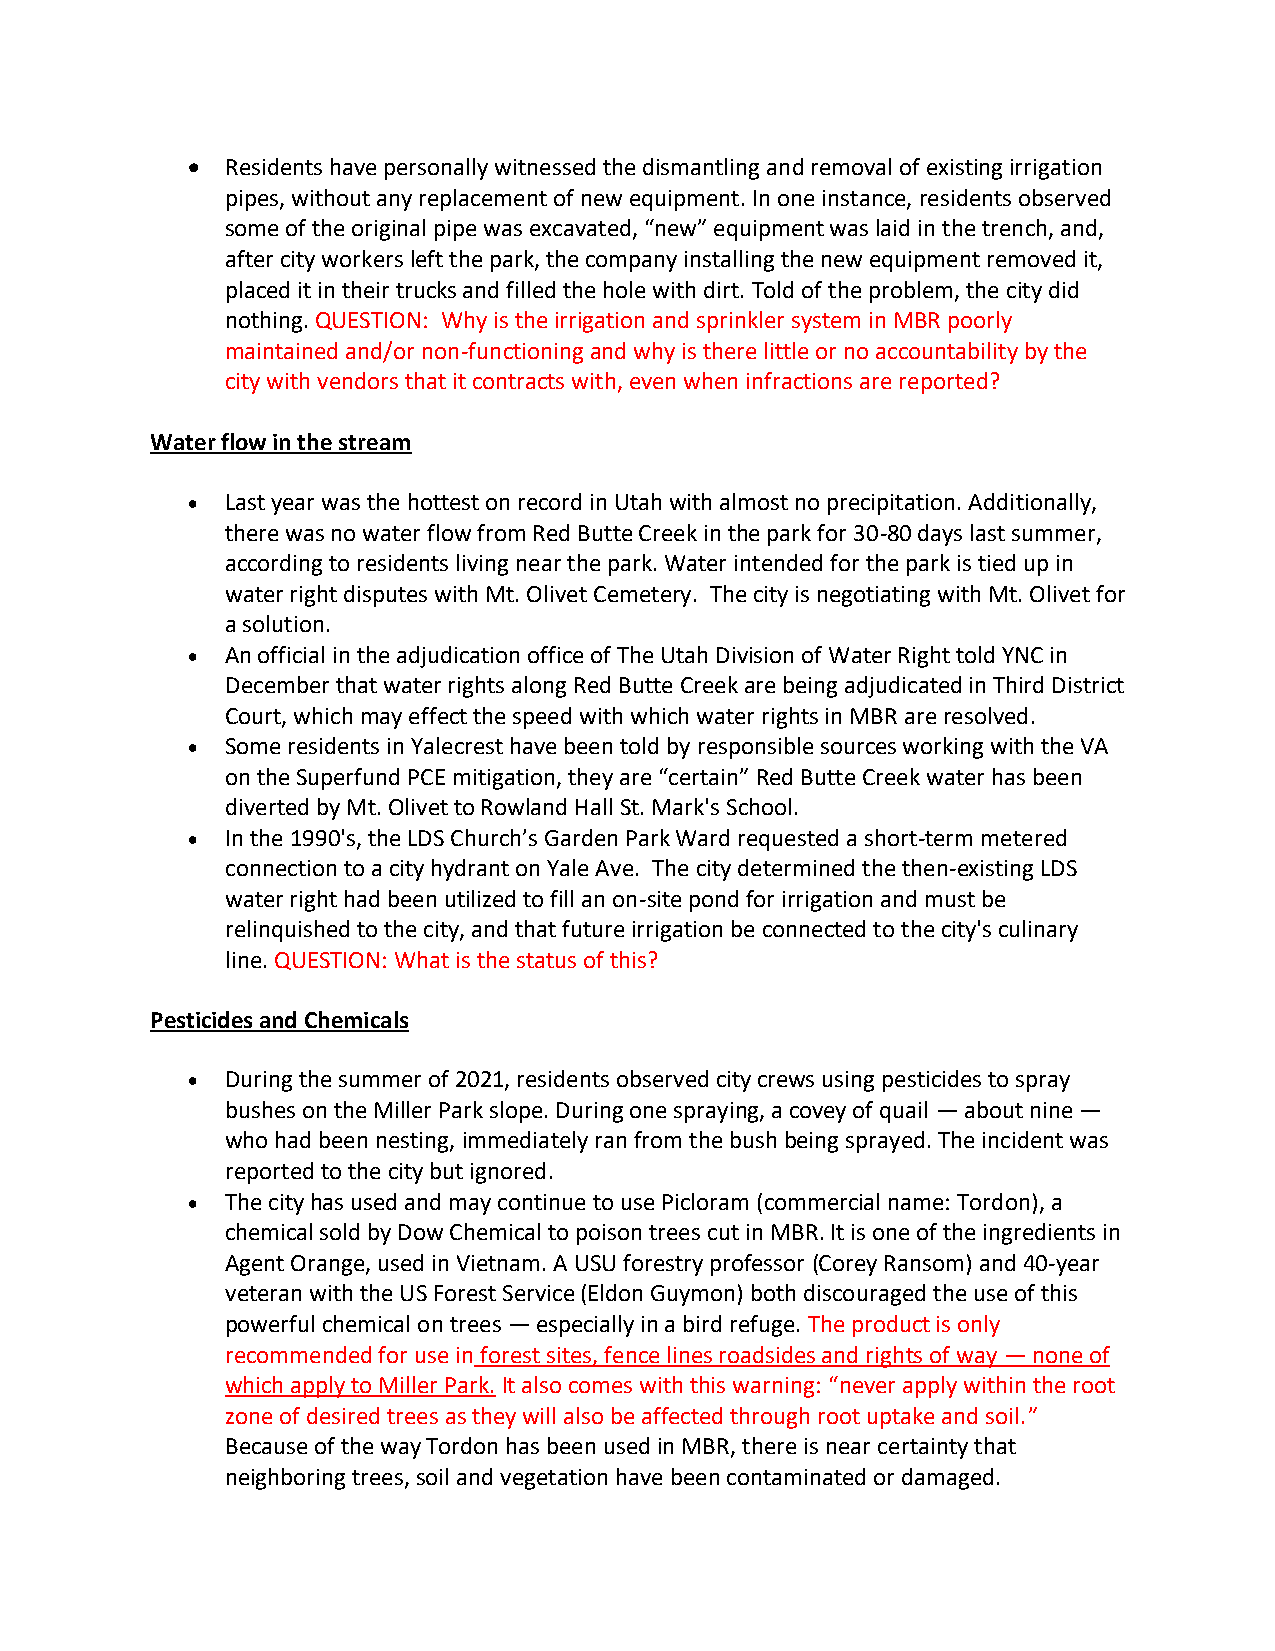
•  Residents have personally witnessed the dismantling and removal of existing irrigation
 pipes, without any replacement of new equipment. In one instance, residents observed
 some of the original pipe was excavated, “new” equipment was laid in the trench, and,
 after city workers left the park, the company installing the new equipment removed it,
 placed it in their trucks and filled the hole with dirt. Told of the problem, the city did
 nothing. QUESTION: Why is the irrigation and sprinkler system in MBR poorly
 maintained and/or non-functioning and why is there little or no accountability by the
 city with vendors that it contracts with, even when infractions are reported?
 Water flow in the stream
 •  Last year was the hottest on record in Utah with almost no precipitation. Additionally,
 there was no water flow from Red Butte Creek in the park for 30-80 days last summer,
 according to residents living near the park. Water intended for the park is tied up in
 water right disputes with Mt. Olivet Cemetery. The city is negotiating with Mt. Olivet for
 a solution.
 •  An official in the adjudication office of The Utah Division of Water Right told YNC in
 December that water rights along Red Butte Creek are being adjudicated in Third District
 Court, which may effect the speed with which water rights in MBR are resolved.
 •  Some residents in Yalecrest have been told by responsible sources working with the VA
 on the Superfund PCE mitigation, they are “certain” Red Butte Creek water has been
 diverted by Mt. Olivet to Rowland Hall St. Mark's School.
 •  In the 1990's, the LDS Church’s Garden Park Ward requested a short-term metered
 connection to a city hydrant on Yale Ave. The city determined the then-existing LDS
 water right had been utilized to fill an on-site pond for irrigation and must be
 relinquished to the city, and that future irrigation be connected to the city's culinary
 line. QUESTION: What is the status of this?
 Pesticides and Chemicals
 •  During the summer of 2021, residents observed city crews using pesticides to spray
 bushes on the Miller Park slope. During one spraying, a covey of quail — about nine —
 who had been nesting, immediately ran from the bush being sprayed. The incident was
 reported to the city but ignored.
 •  The city has used and may continue to use Picloram (commercial name: Tordon), a
 chemical sold by Dow Chemical to poison trees cut in MBR. It is one of the ingredients in
 Agent Orange, used in Vietnam. A USU forestry professor (Corey Ransom) and 40-year
 veteran with the US Forest Service (Eldon Guymon) both discouraged the use of this
 powerful chemical on trees — especially in a bird refuge. The product is only
 recommended for use in forest sites, fence lines roadsides and rights of way — none of
 which apply to Miller Park. It also comes with this warning: “never apply within the root
 zone of desired trees as they will also be affected through root uptake and soil.”
 Because of the way Tordon has been used in MBR, there is near certainty that
 neighboring trees, soil and vegetation have been contaminated or damaged.